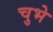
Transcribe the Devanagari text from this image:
चुभे